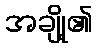
အချို့၏